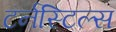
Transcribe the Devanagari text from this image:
टर्नस्टिल्स